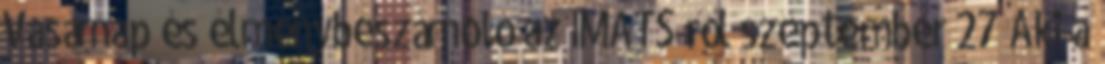
Vasárnap és élménybeszámoló az IMATS-ről szeptember 27 Aki a